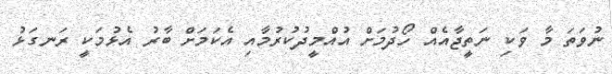
ނުވަތަ މާ ވަކި ނަތީޖާއެއް ހޯދުމަށް އުއްމީދުކުރުމާއި އެކަމަށް ބާރު އެޅުމަކީ ރަނގަޅު